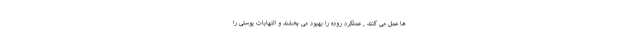
ها عمل می کنند , عملکرد روده را بهبود می بخشند و التهابات پوستی را